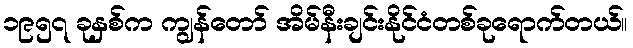
၁၉၅၇ ခုနှစ်က ကျွန်တော် အိမ်နီးချင်းနိုင်ငံတစ်ခုရောက်တယ်။